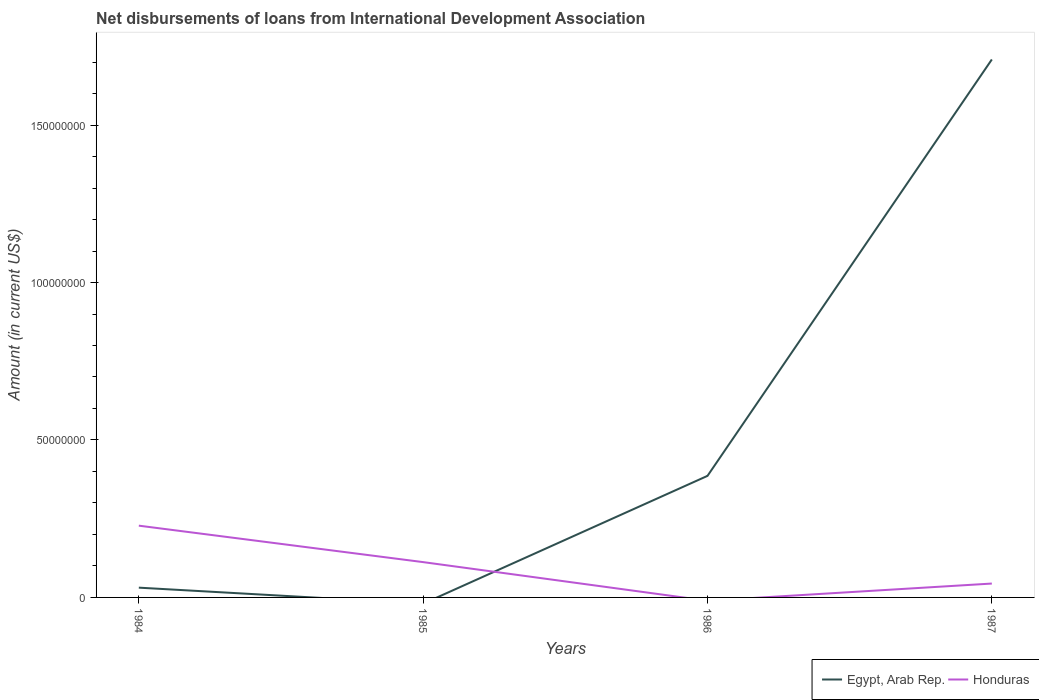
| Years | Egypt, Arab Rep. | Honduras |
 | --- | --- | --- |
 | 1984 | 3.1e+06 | 2.28e+07 |
 | 1985 | -1.98e+06 | 1.12e+07 |
 | 1986 | 3.86e+07 | -1.05e+06 |
 | 1987 | 1.71e+08 | 4.41e+06 |